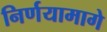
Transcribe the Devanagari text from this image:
निर्णयामागे